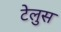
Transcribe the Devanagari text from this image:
टेलुस